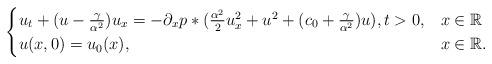
LaTeX: \begin{align*}\begin{cases} u_t + (u-\frac{\gamma}{\alpha^2})u_{x}= -\partial_xp*(\frac{\alpha^2}{2}u_x^2+u^2 + (c_0 + \frac{\gamma}{\alpha^2})u) , t > 0, & x\in \mathbb{R} \\ u(x,0) = u_0(x), & x\in \mathbb{R}.\end{cases} \end{align*}